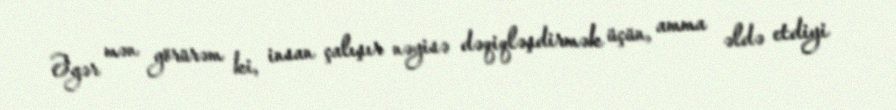
Əgər mən görürəm ki, insan çalışır nəyisə dəqiqləşdirmək üçün, amma əldə etdiyi